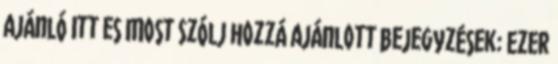
Ajánló Itt es Most Szólj hozzá Ajánlott bejegyzések: Ezer